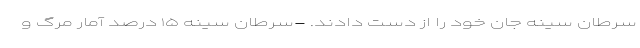
سرطان سینه جان خود را از دست دادند. -سرطان سینه ۱۵ درصد آمار مرگ و